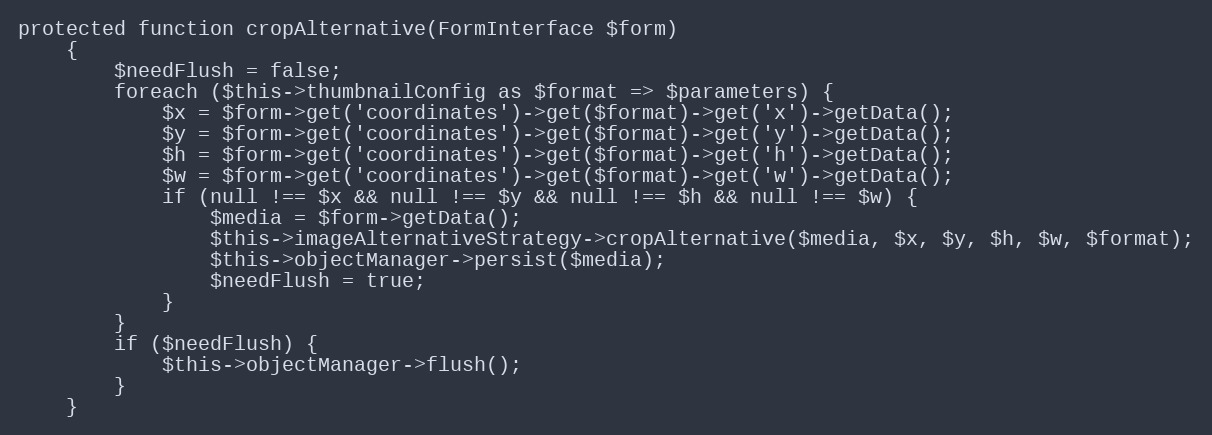
Language: PHP
protected function cropAlternative(FormInterface $form)
    {
        $needFlush = false;
        foreach ($this->thumbnailConfig as $format => $parameters) {
            $x = $form->get('coordinates')->get($format)->get('x')->getData();
            $y = $form->get('coordinates')->get($format)->get('y')->getData();
            $h = $form->get('coordinates')->get($format)->get('h')->getData();
            $w = $form->get('coordinates')->get($format)->get('w')->getData();
            if (null !== $x && null !== $y && null !== $h && null !== $w) {
                $media = $form->getData();
                $this->imageAlternativeStrategy->cropAlternative($media, $x, $y, $h, $w, $format);
                $this->objectManager->persist($media);
                $needFlush = true;
            }
        }
        if ($needFlush) {
            $this->objectManager->flush();
        }
    }